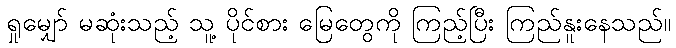
ရှုမျှော် မဆုံးသည့် သူ့ ပိုင်စား မြေတွေကို ကြည့်ပြီး ကြည်နူးနေသည်။